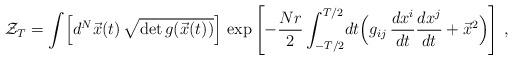
LaTeX: \begin{align*}{\cal Z}_{T} = \int\! \left[ d^{N}\vec x(t)\, \sqrt{\det g (\vec x(t))}\right]\, \exp \left[ - {Nr\over 2} \int_{-T/2}^{T/2}\! dt \Bigl( g_{ij}\,{dx^{i}\over dt}{dx^{j}\over dt} + {\vec x}^{2} \Bigr)\right]\, ,\end{align*}